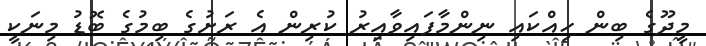
މީދޫގެ ބިން ހިއްކައި ނިންމާފައިވާއިރު ކުރިން އެ ރަށުގެ ބިމުގެ ބޮޑު މިނަކީ